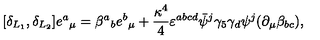
[ \delta _ { L _ { 1 } } , \delta _ { L _ { 2 } } ] e { ^ a } _ { \mu } = \beta { ^ a } _ { b } e { ^ b } _ { \mu } + { \frac { \kappa ^ { 4 } } { 4 } } \varepsilon ^ { a b c d } \bar { \psi } { ^ j } \gamma _ { 5 } \gamma _ { d } \psi { ^ j } ( \partial _ { \mu } \beta _ { b c } ) ,